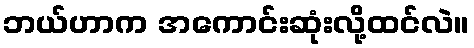
ဘယ်ဟာက အကောင်းဆုံးလို့ထင်လဲ။